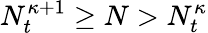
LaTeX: N_{t}^{\kappa+1}\geq N>N_{t}^{\kappa}